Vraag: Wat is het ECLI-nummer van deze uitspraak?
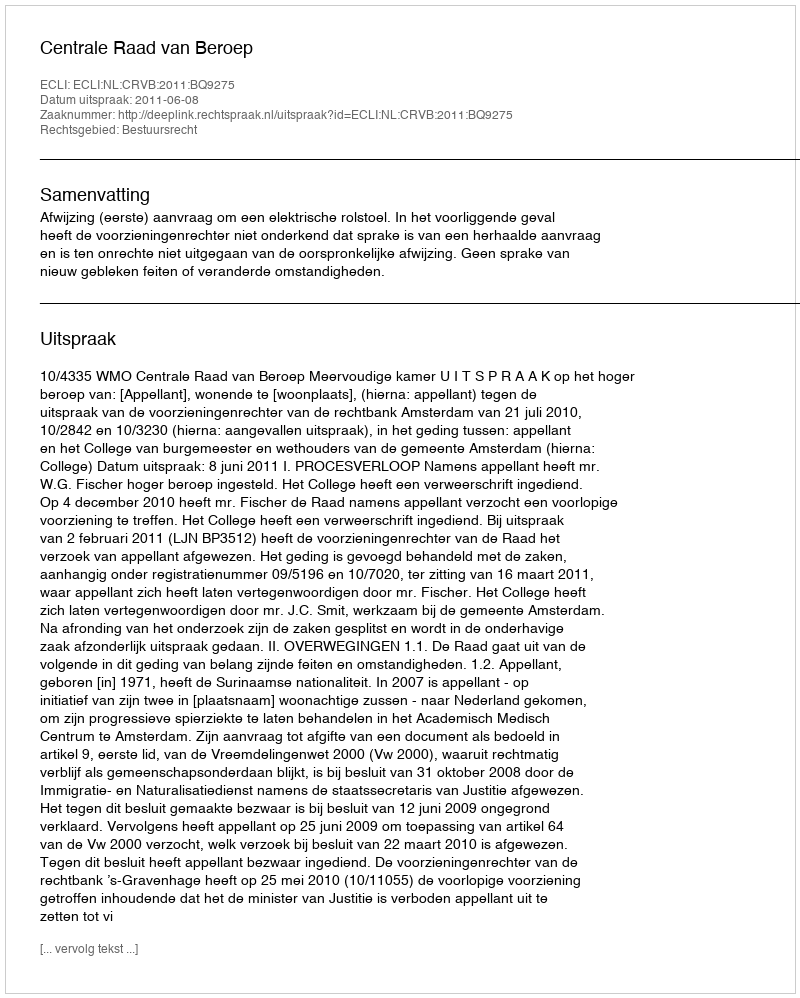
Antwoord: ECLI:NL:CRVB:2011:BQ9275